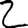
Digit: 2